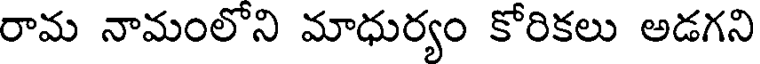
రామ నామంలోని మాధుర్యం కోరికలు అడగని